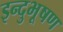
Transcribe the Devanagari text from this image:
इन्दुभूषण